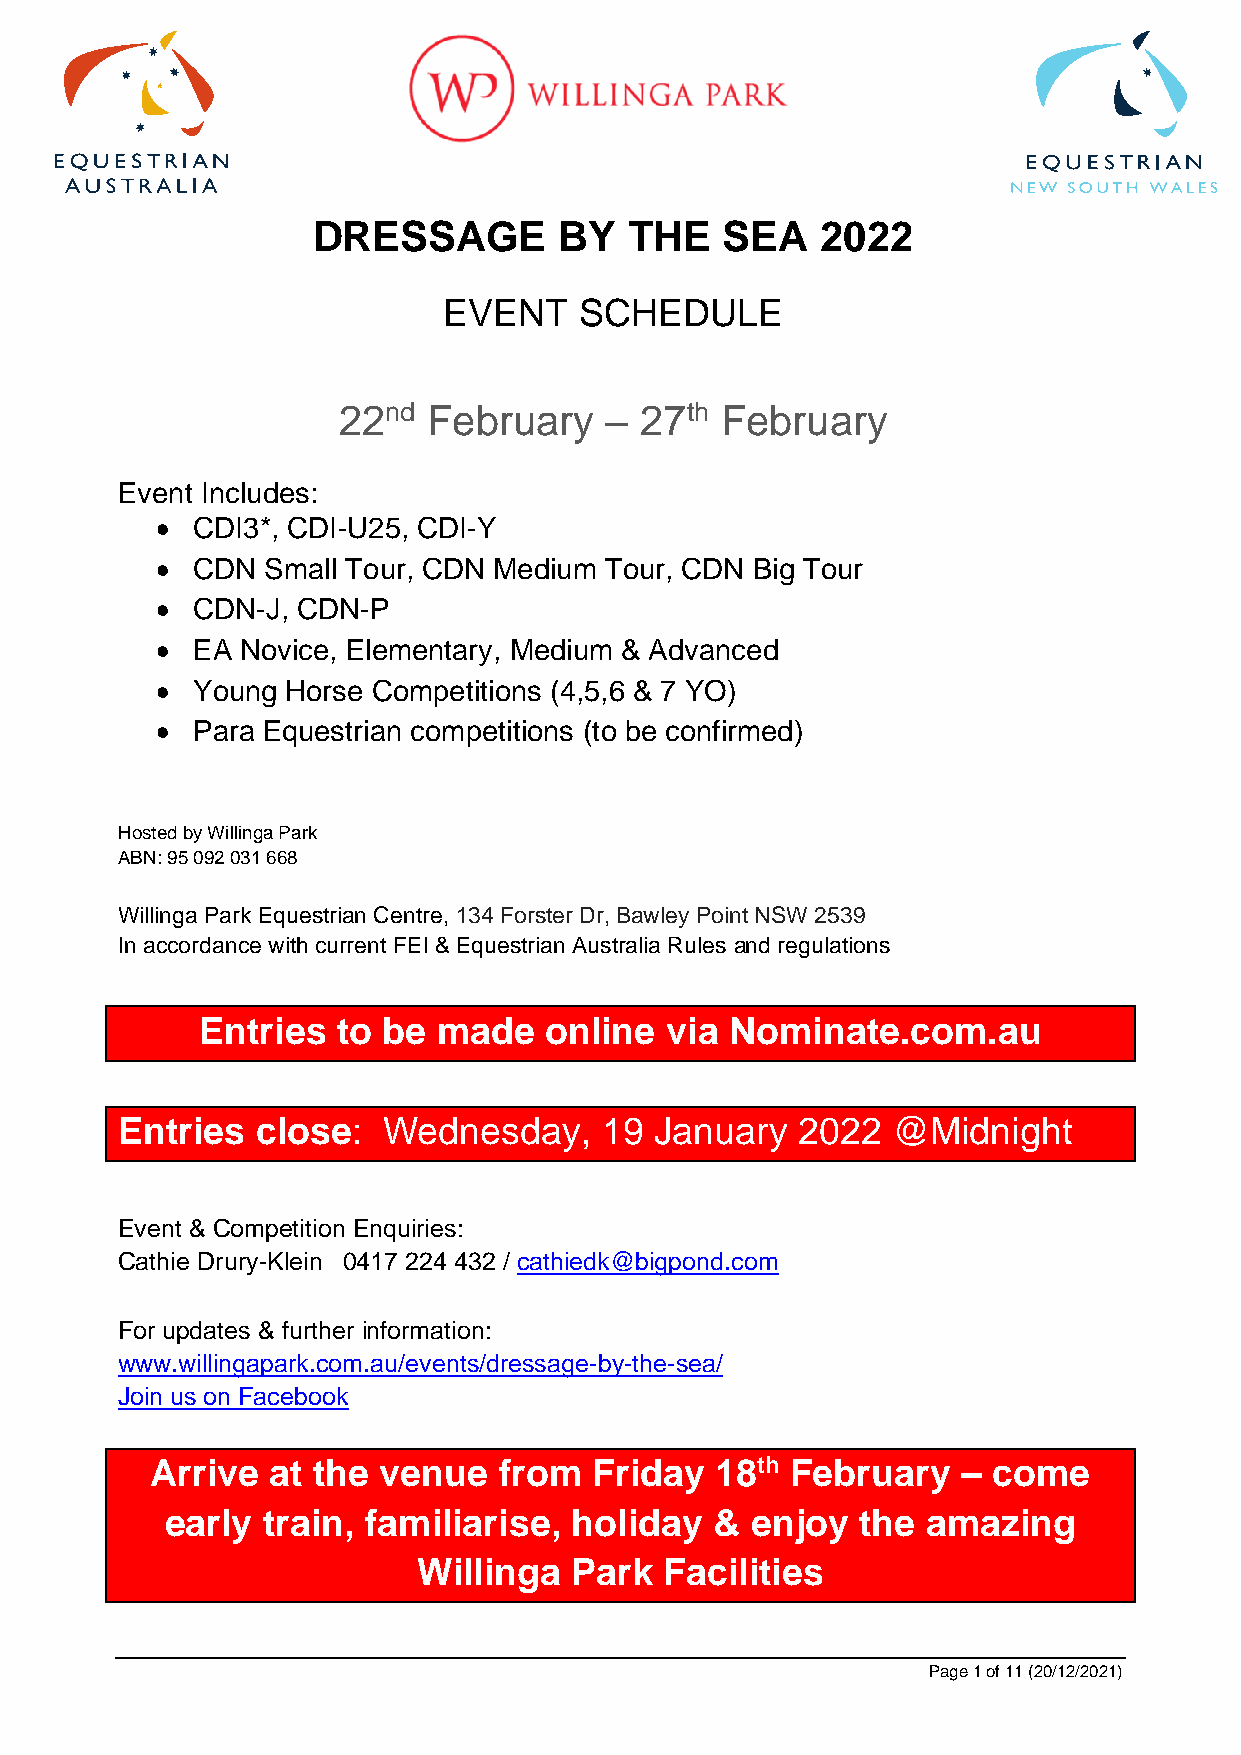
DRESSAGE        BY   THE   SEA   2022
 EVENT    SCHEDULE
 22nd  February    – 27th  February
 Event Includes:
 •  CDI3*, CDI-U25, CDI-Y
 •  CDN Small Tour, CDN Medium Tour, CDN Big Tour
 •  CDN-J, CDN-P
 •  EA Novice, Elementary, Medium & Advanced
 •  Young Horse Competitions (4,5,6 & 7 YO)
 •  Para Equestrian competitions (to be confirmed)
 Hosted by Willinga Park
 ABN: 95 092 031 668
 Willinga Park Equestrian Centre, 134 Forster Dr, Bawley Point NSW 2539
 In accordance with current FEI & Equestrian Australia Rules and regulations
 Entries  to be  made   online  via Nominate.com.au
 Entries  close:  Wednesday,     19 January   2022  @Midnight
 Event & Competition Enquiries:
 Cathie Drury-Klein 0417 224 432 / cathiedk@bigpond.com
 For updates & further information:
 www.willingapark.com.au/events/dressage-by-the-sea/
 Join us on Facebook
 Arrive  at the venue   from  Friday  18th February    – come
 early train, familiarise,  holiday  &  enjoy  the amazing
 Willinga  Park  Facilities
 Page 1 of 11 (20/12/2021)